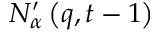
N _ { \alpha } ^ { \prime } \left( q , t - 1 \right)